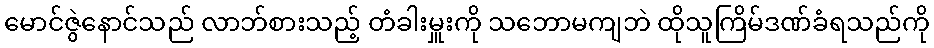
မောင်ဇွဲနောင်သည် လာဘ်စားသည့် တံခါးမှူးကို သဘောမကျဘဲ ထိုသူကြိမ်ဒဏ်ခံရသည်ကို